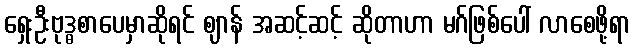
ရှေးဦးဗုဒ္ဓစာပေမှာဆိုရင် ဈာန် အဆင့်ဆင့် ဆိုတာဟာ မဂ်ဖြစ်ပေါ် လာစေဖို့ရာ